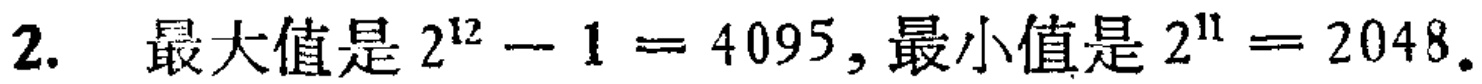
2. 最大值是 \(2^{12}-1 = 4095\), 最小值是 \(2^{11}=2048\).